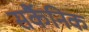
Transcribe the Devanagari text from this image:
सर्कैनिक